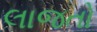
લાજતો